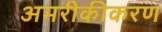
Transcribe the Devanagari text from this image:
अमरीकीकरण